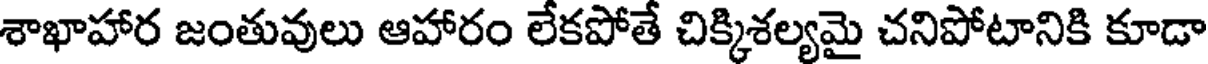
శాఖాహార జంతువులు ఆహారం లేకపోతే చిక్కిశల్యమై చనిపోటానికి కూడా